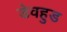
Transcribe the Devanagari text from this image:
डेवहुड